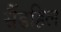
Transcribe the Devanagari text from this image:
सैंडहिल